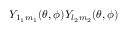
Y _ { 1 _ { 1 } m _ { 1 } } ( \theta , \phi ) Y _ { l _ { 2 } m _ { 2 } } ( \theta , \phi )